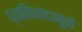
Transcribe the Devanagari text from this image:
ध्वनिनादामुळे